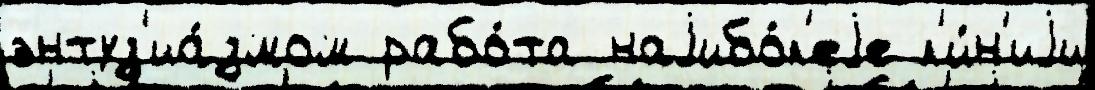
энтуз'иа́змом рабо́та наjибо́л'еjе л'и́н'иjи